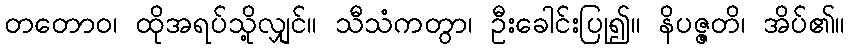
တတောဝ၊ ထိုအရပ်သို့လျှင်။ သီသံကတွာ၊ ဦးခေါင်းပြု၍။ နိပဇ္ဇတိ၊ အိပ်၏။